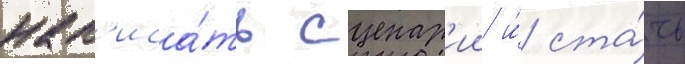
нап'иса́ть сценар'ии и́ ста́ть